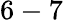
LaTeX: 6-7